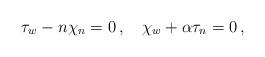
LaTeX: \begin{align*} \tau_w-n\chi_n=0\,,\quad\chi_w +\alpha \tau_n = 0 \,,\end{align*}